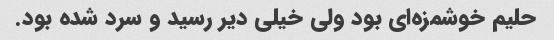
حلیم خوشمزه‌ای بود ولی خیلی دیر رسید و سرد شده بود.